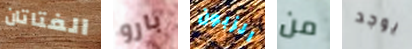
الفتاتان بارو الزبون من يوجد